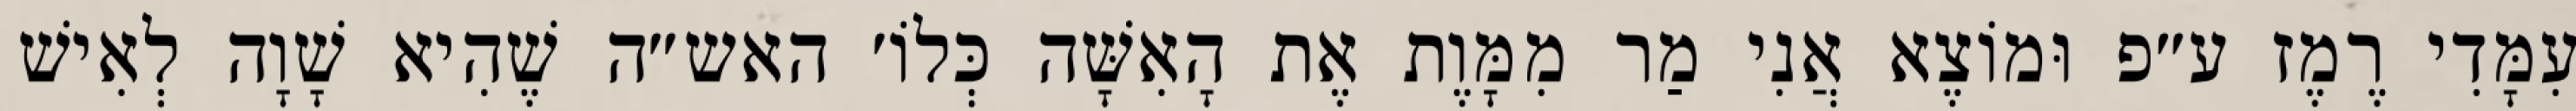
עִמָּדִי רֶמֶז ע״פ וּמוֹצֶא אֲנִי מַר מִמָּוֶת אֶת הָאִשָּׁה כְּלוֹ׳ האש״ה שֶׁהִיא שָׁוָה לְאִישׁ